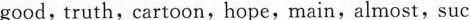
good,truth,cartoon,hope,main,almost, suc-